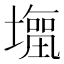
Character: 𭏹